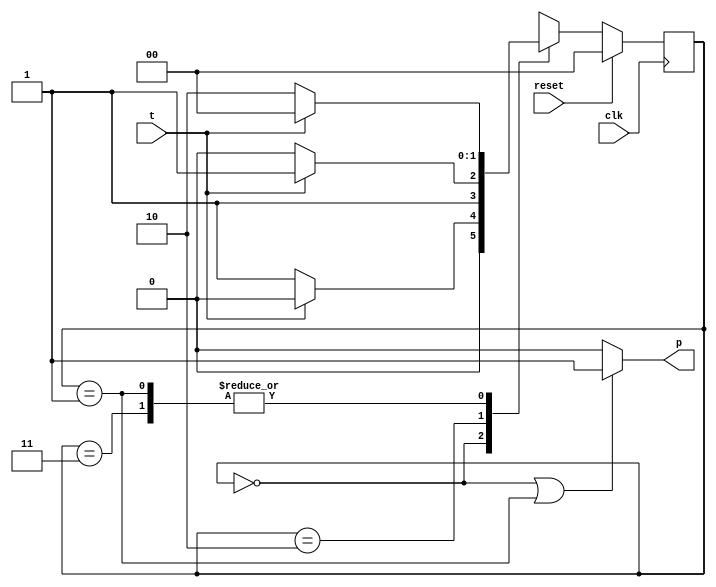
module machine(p,t,clk,reset);
	input t,clk,reset;
	output reg p;
	reg [2:1] pres_st,next_st;
	
	always @(posedge clk) // this block for trigger Register
		if(reset) pres_st <= 2'b00;
		else pres_st <= next_st;
	
	always @(pres_st or t) //this block for compute next state
	case(pres_st)
		2'b00 : next_st = t? 2'b00 : 2'b01;
		2'b01 : next_st = t? 2'b00 : 2'b10;
		2'b10 : next_st = t? 2'b11 : 2'b10;
		2'b11 : next_st = t? 2'b00 : 2'b10;
	endcase

	
	always @(pres_st) //this block for compute output
		if(pres_st==2'b00 || pres_st==2'b01) p=1'b1;	
		else p=1'b0;

endmodule

module test_moore;
	
	reg i,clk,reset;
	wire f;
	machine ma(f,i,clk,reset);
	
	always
	#50 clk = ~clk;
	
	initial 
	begin
		clk = 1'b0;
		reset = 1'b1;
        #200  reset =1'b0;
        #200  i=1'b0;
        #100  i=1'b0;
        #100 $finish;
	end
		
	initial 
		$monitor($time,"input : %b output : %b",i,f);
endmodule